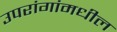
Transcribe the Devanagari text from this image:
उपरांगांमधील